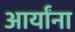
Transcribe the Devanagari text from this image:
आर्यांना